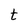
Character: t